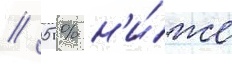
/ 05 % н'и́же